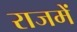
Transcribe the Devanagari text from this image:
राजमें